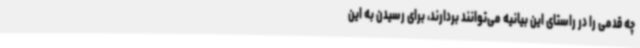
چه قدمی را در راستای این بیانیه می‌توانند بردارند، برای رسیدن به این